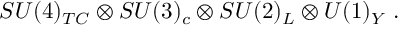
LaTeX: S U ( 4 ) _ { T C } \otimes S U ( 3 ) _ { c } \otimes S U ( 2 ) _ { L } \otimes U ( 1 ) _ { Y } \; .